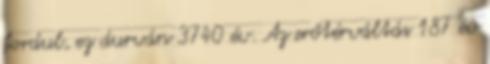
fordul, ez durván 3740 év. Az erőtérváltás 187 év